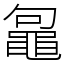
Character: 𪓟